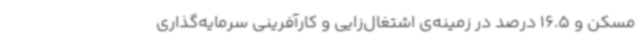
مسکن و 16.5 درصد در زمینه‌ی اشتغال‌زایی و کارآفرینی سرمایه‌گذاری